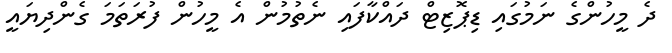
ދެ މީހުންގެ ނަމުގައި ޑިޕޮޒިޓް ދައްކާފައި ނެތުމުން އެ މީހުން ފުރަތަމަ ގެންދިޔައީ